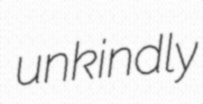
unkindly